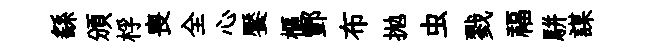
繇頒桴喪全心饜樞酆布抛虫戮福駢謀